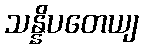
သန္နိပတေယျ